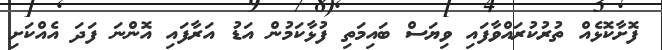
ފޮށާކޮޅެއް ތުރުކުރައްވާފައި ވިޔަސް ބައިމަތި ފުޅާކަމުން އަޑު އަރާފައި އޮންނަ ފަދަ އެއްކަށި